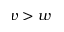
v > w